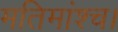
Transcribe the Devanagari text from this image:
मतिमांश्च।